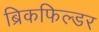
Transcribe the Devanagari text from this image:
ब्रिकफिल्डर